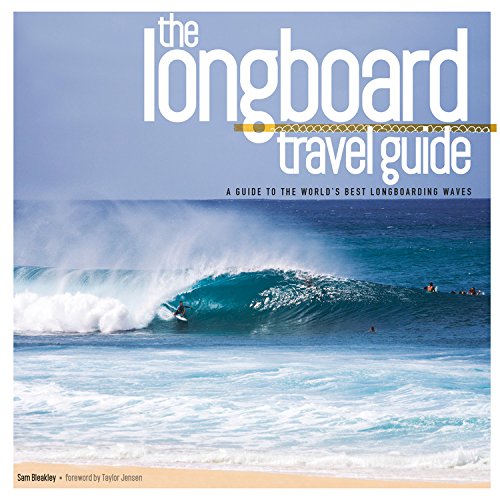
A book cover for The Longboard Travel Guide: A Guide to the World's Best Longboarding Waves; Sam Bleakley; Sports & Outdoors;